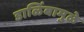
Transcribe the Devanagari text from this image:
डाळिंबामुळे